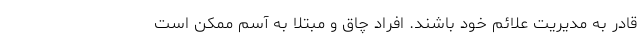
قادر به مدیریت علائم خود باشند. افراد چاق و مبتلا به آسم ممکن است